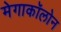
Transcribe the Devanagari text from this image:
मेगाकॉलोन